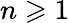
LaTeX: n\geqslant 1